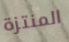
المنتزة